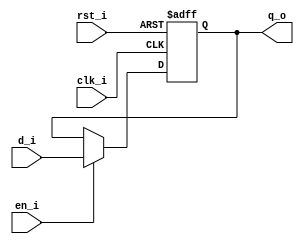
// Name: d_ff_rst_en.v
//
// Description: D flip flop with asynchronous reset and enable

module d_ff_rst_en (
  input      clk_i,  
  input      rst_i, 
  input      en_i,
  input      d_i,     
  output reg q_o      
);

  always @(posedge clk_i, posedge rst_i) begin   
    if (rst_i)   
      q_o <= 1'b0;    
    else if (en_i)
      q_o <= d_i;     
  end

endmodule